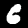
Label: 6